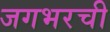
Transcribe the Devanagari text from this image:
जगभरची